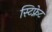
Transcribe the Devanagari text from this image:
स्टिफ्नेट